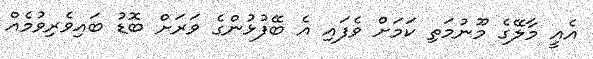
އެއީ މާލޭގެ މޫނުމަތި ކަމަށް ވެފައި އެ ބޭފުޅުންގެ ވަރަށް ބޮޑު ބައިވެރިވުމެއް